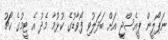
ނަޕޯލީން ޕީއެސްޖީ އަށް ބަދަލުވި ފޯވާޑުގެ ކުޅުމާ މެދު އެ ޓީމުގެ ކޯޗު